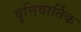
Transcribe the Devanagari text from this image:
वृत्तिवार्तिक